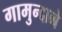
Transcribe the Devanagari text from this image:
गामुन्दाब्बे